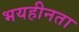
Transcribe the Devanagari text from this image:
भयहीनता